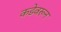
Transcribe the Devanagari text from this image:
कडेवरून